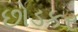
છોડકર